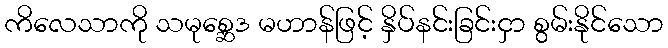
ကိလေသာကို သမုစ္ဆေဒ မဟာန်ဖြင့် နှိပ်နင်းခြင်းငှာ စွမ်းနိုင်သော